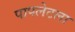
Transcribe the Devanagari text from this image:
पापलेटला